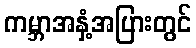
ကမ္ဘာအနှံ့အပြားတွင်